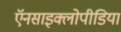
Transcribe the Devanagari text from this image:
ऍनसाइक्लोपीडिया